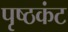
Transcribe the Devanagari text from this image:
पृष्ठकंट